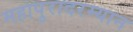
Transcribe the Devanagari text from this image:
महापुरादरम्यान